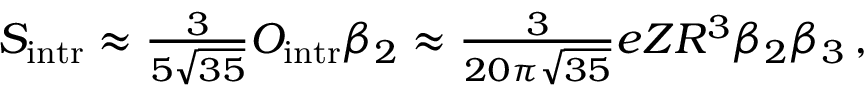
\begin{array} { r } { S _ { \mathrm { { i n t r } } } \approx \frac { 3 } { 5 \sqrt { 3 5 } } O _ { \mathrm { { i n t r } } } \beta _ { 2 } \approx \frac { 3 } { 2 0 \pi \sqrt { 3 5 } } e Z R ^ { 3 } \beta _ { 2 } \beta _ { 3 } \, , } \end{array}